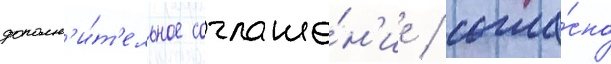
дополн'и́т'ельное соглаше́н'ие / согла́сно